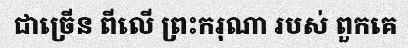
ជាច្រើន ពីលើ ព្រះករុណា របស់ ពួកគេ